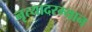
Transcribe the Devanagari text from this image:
नृत्यादरम्यान